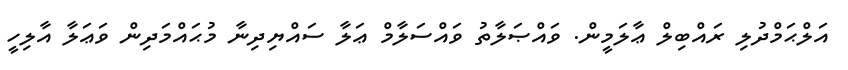
އަލްޙަމްދުލި ރައްބިލް ޢާލަމީން. ވައްޞަލާތު ވައްސަލާމް ޢަލާ ސައްޔިދިނާ މުޙައްމަދިން ވަޢަލާ އާލިހީ